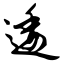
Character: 逶